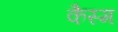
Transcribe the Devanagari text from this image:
कैस्म